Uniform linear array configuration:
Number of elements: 8
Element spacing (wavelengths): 1
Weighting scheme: uniform
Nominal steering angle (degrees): -60
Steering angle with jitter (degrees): -60.317
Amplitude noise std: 0.05
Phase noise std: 0.05

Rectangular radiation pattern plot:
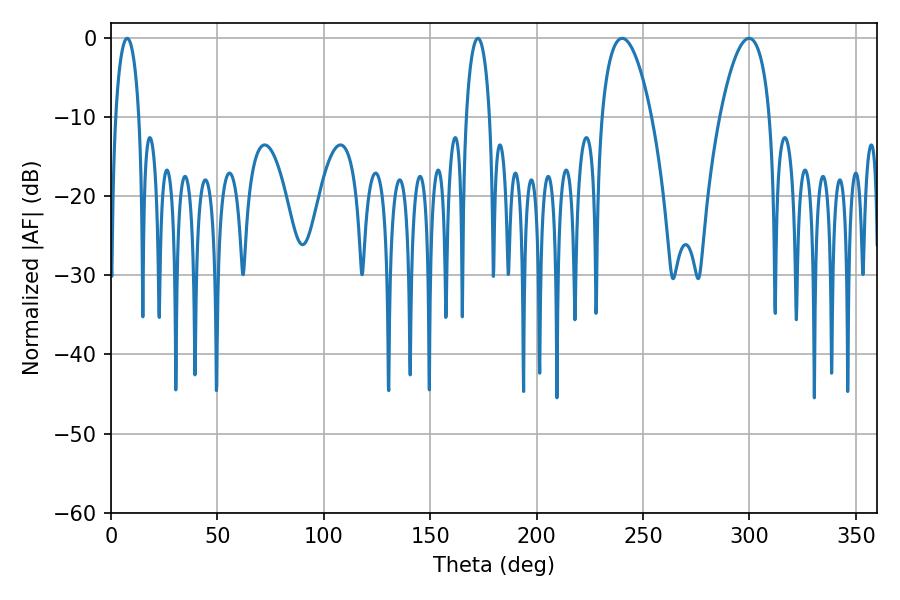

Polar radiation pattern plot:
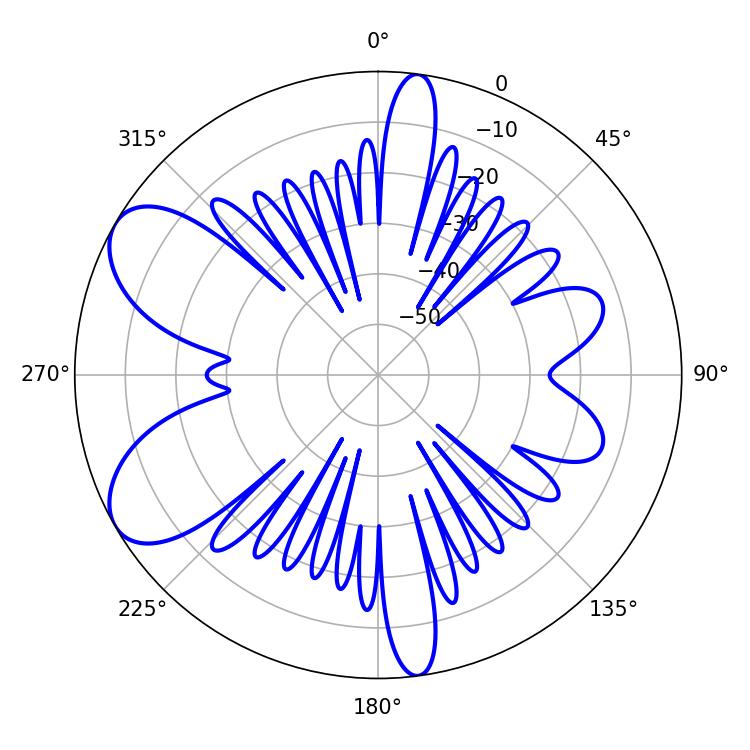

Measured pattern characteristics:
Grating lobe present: TRUE
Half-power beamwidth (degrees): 12.96
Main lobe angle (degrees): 240.12